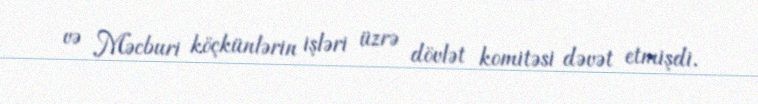
və Məcburi köçkünlərin işləri üzrə dövlət komitəsi dəvət etmişdi.